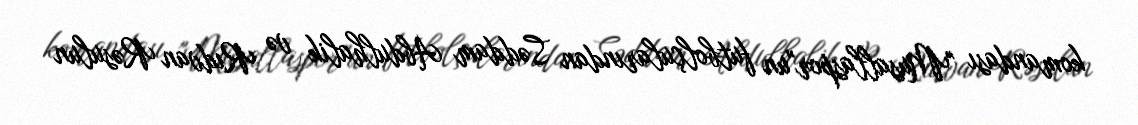
komandası "Musallaspor"un futbolçularından Səddam Abdulhalik və Rıdvan Rəsulun